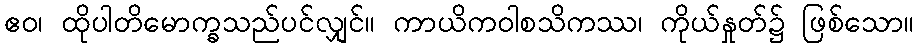
ဧဝ၊ ထိုပါတိမောက္ခသည်ပင်လျှင်။ ကာယိကဝါစသိကဿ၊ ကိုယ်နှုတ်၌ ဖြစ်သော။